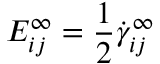
E _ { i j } ^ { \infty } = \frac { 1 } { 2 } \dot { \gamma } _ { i j } ^ { \infty }